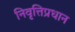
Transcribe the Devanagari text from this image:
निवृत्तिप्रधान